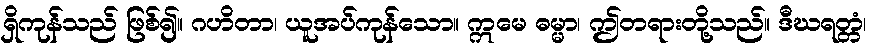
ရှိကုန်သည် ဖြစ်၍။ ဂဟိတာ၊ ယူအပ်ကုန်သော။ ဣမေ ဓမ္မာ၊ ဤတရားတို့သည်။ ဒီဃရတ္တံ၊